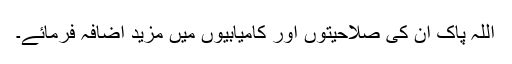
اللہ پاک ان کی صلاحیتوں اور کامیابیوں میں مزید اضافہ فرمائے۔